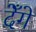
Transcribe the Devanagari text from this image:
देँगे